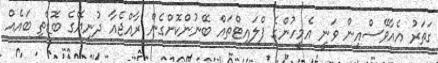
ގަތަރު އެއާވޭސްއިން ވަނީ އެމީހުންގެ ފްލައިޓްތައް ބޭނުންކޮށްގެން ރާއްޖެއާ ދުނިޔޭގެ ބޮޑެތި ބައެއް